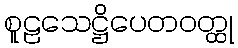
စူဠသေဋ္ဌိပေတဝတ္ထု